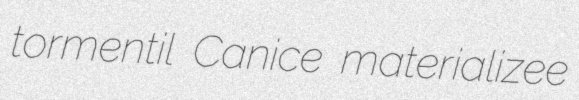
tormentil Canice materializee